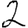
Digit: 2